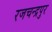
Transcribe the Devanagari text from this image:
रजचन्द्रपुर